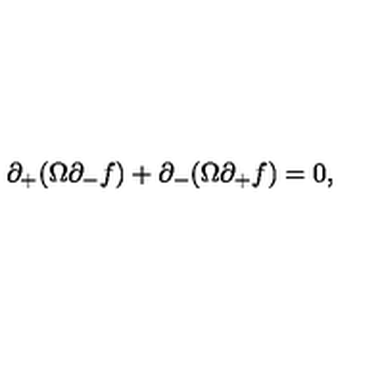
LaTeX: \partial _ { + } ( \Omega \partial _ { - } f ) + \partial _ { - } ( \Omega \partial _ { + } f ) = 0 ,